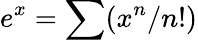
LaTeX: e^{x}=\sum(x^{n}/n!)